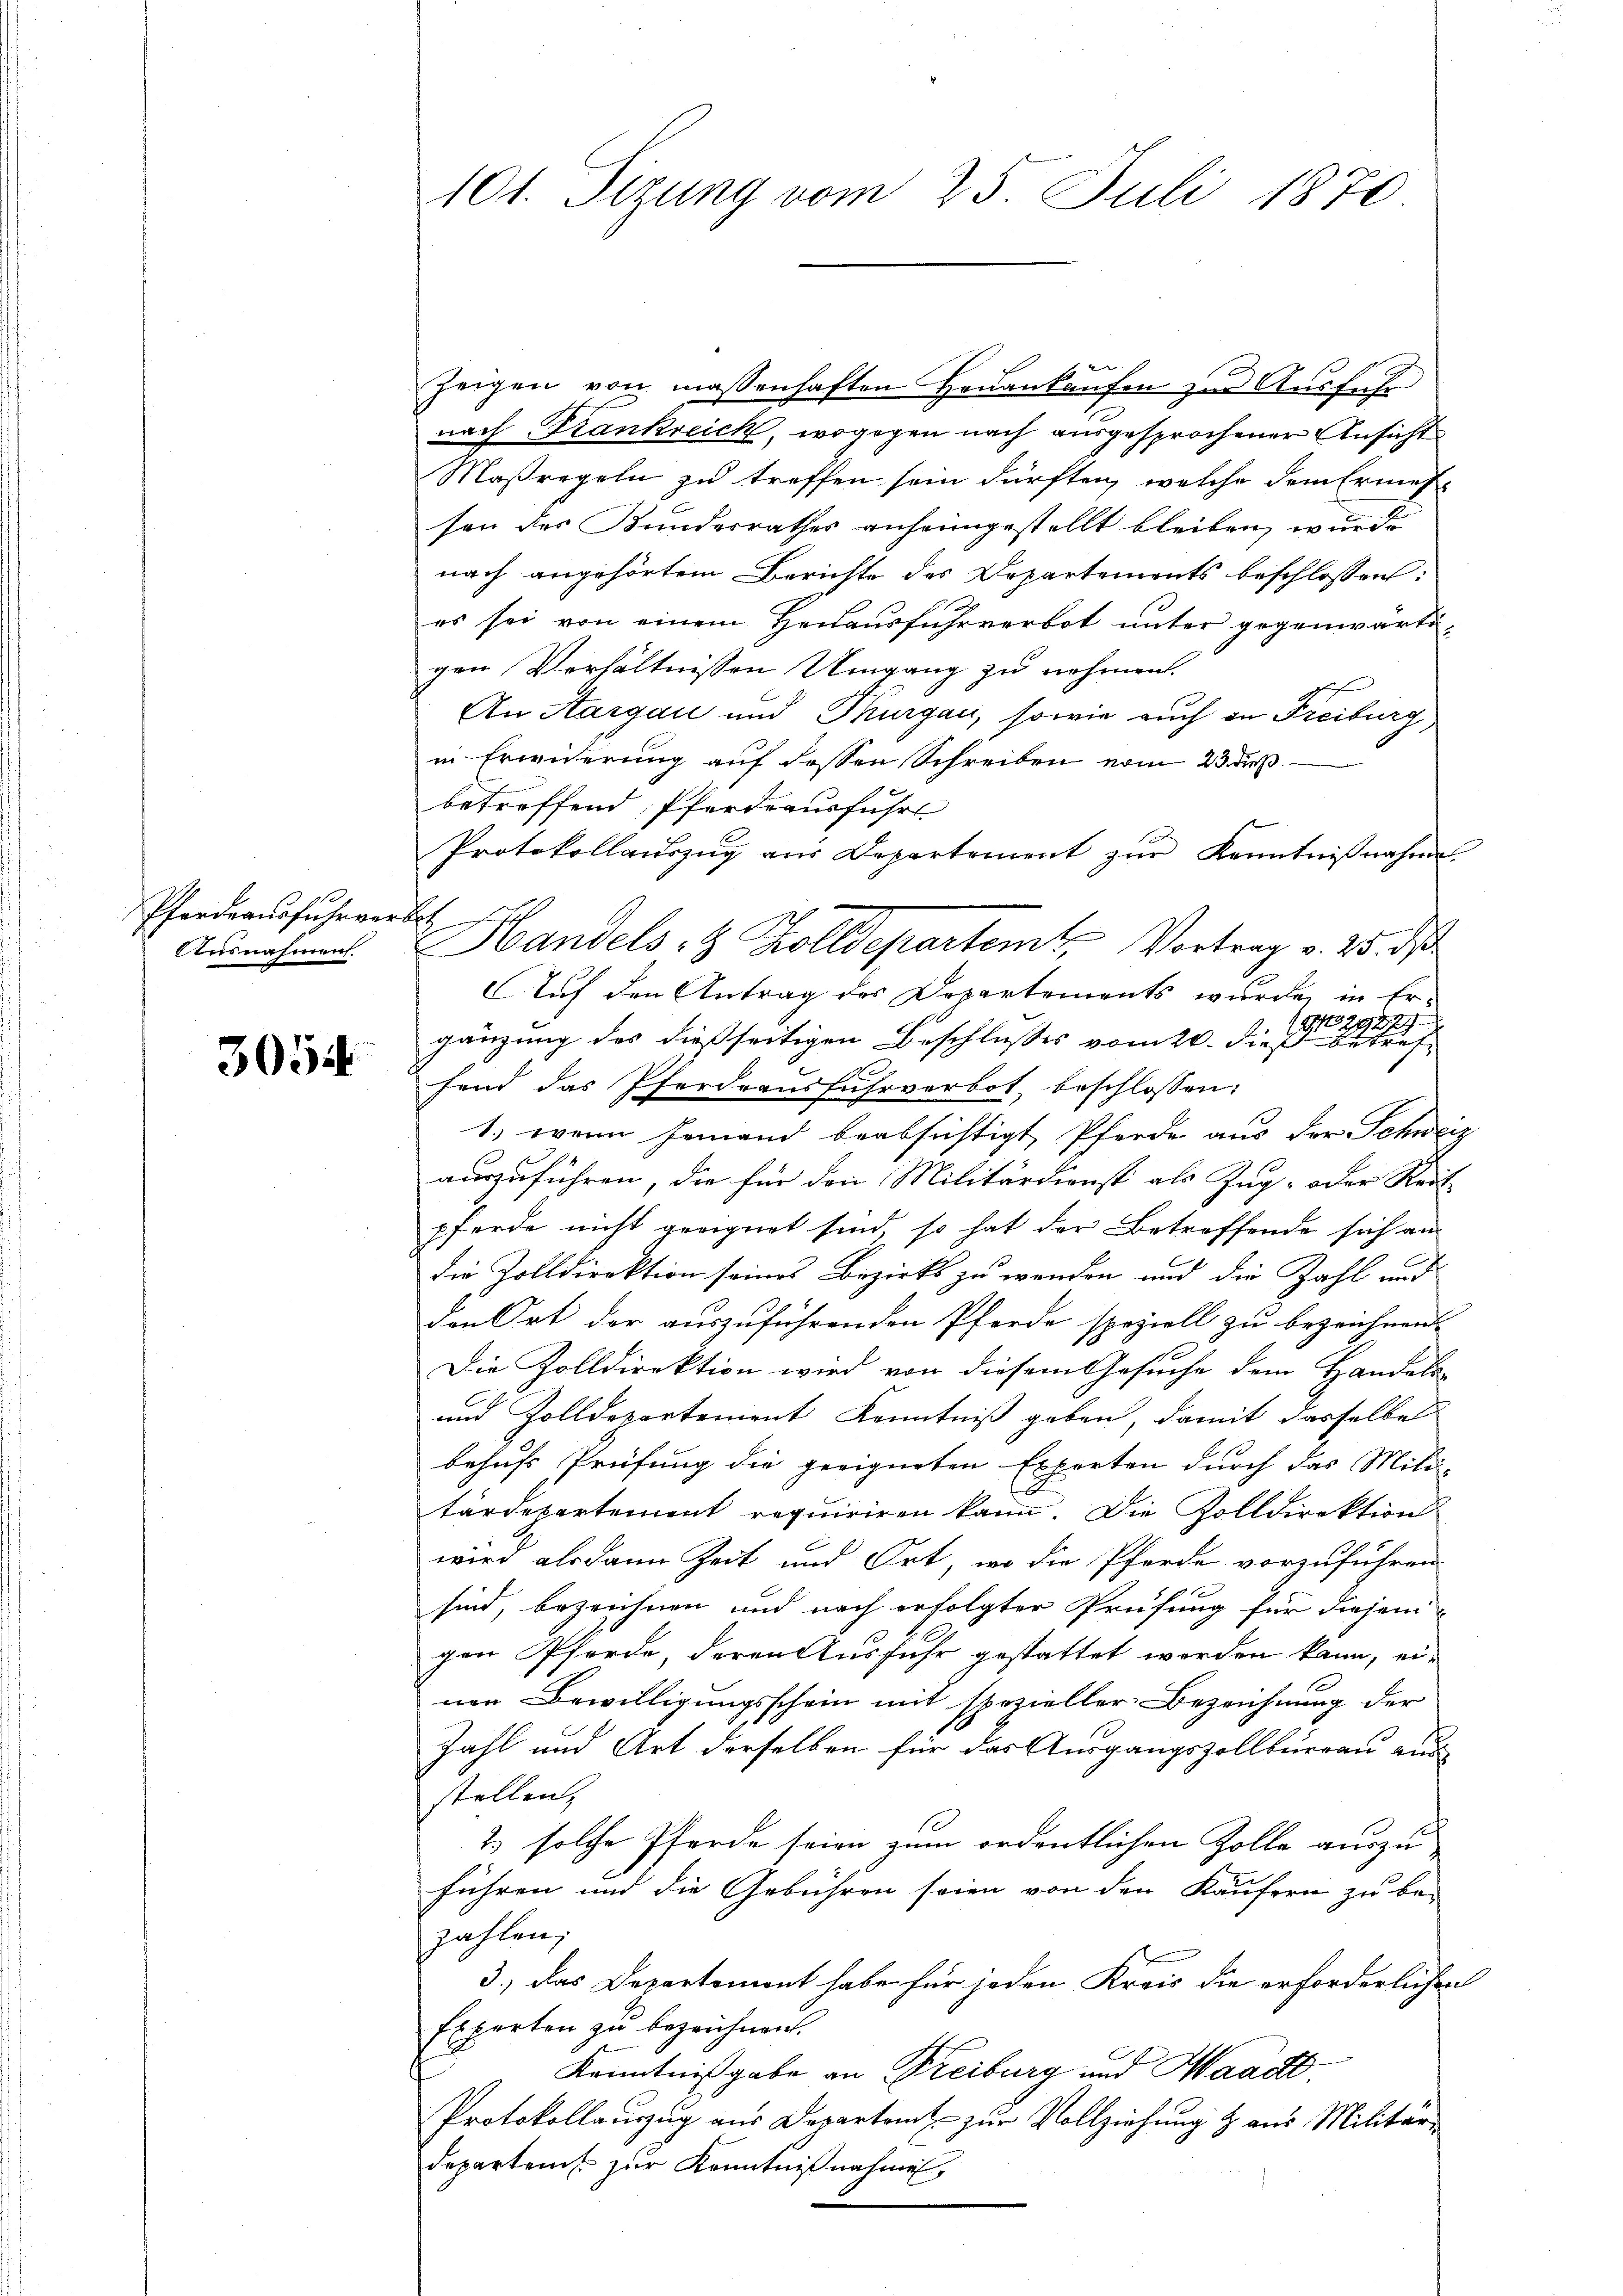
Pferdraŭsfuhrverbet
Ausnahmen.

3054

Zeigen von maßenhaften Heuankaufen zur Ausführ
nach Frankreich, wogegen nach ausgesprochener Ansicht
Maßregeln zu treffen sein dürften, welche dem Ermes-
sen des Bundesrathes anheimgestellt bleiben, wurde
nach angehörtem Berichte des Departements beschlossen:
es sei von einem Heilausfuhrverbot unter gegenwärtigen Verhältnissen Umgang zu nehmen.
An Aargau und Thurgau, sowie auch in Freiburg
in Erwiderung auf dessen Schreiben vom 23. daß
betreffend Pferdeausführt
Protokollaŭszŭg aŭs Departement zŭr Kenntniβnahme
Handels- & Zolldepartemt, Vortrag v. 25. ds
Auf den Antrag des Departements wurde, in Er¬
No 2927/
gänzung des dießseitigen Beschlusses vom 20. dieß betref
fend das Pferdrausfuhrverbot, beschlossen:
1.) wenn jemand beabsichtigt, Pferde aus der Schweiz
auszuführen, die für den Militärdienst als Zug- oder Reit
pferde nicht geeignet sind, so hat der Betreffende sich an
die Zolldirektion seines Bezirks zu wenden und die Zahl und
den Ort der auszuführenden Pferde speziell zu bezeichnen.
Die Zolldirektion wird von diesem Gesuche dem Handels-
und Zolldepartement Kenntniß geben, damit dasselbe
behufs Prüfung die geeigneten Experten durch das Mili-
tärdepartement requiriren kann. Die Zolldirektion
wird alsdann Zeit und Ort, wo die Pferde vorzuführen
sind, bezeichnen und nach erfolgter Prüfung für diesem
gen Pferde, deren Ausfuhr gestattet werden kann, ei-
ner Bewilligungsschein mit spezieller Bezeichnung der
Zahl und Art derselben für das Ausgangszollbureau aus
stellen,
2) solche Pferde seien zum ordentlichen Zolle auszu
führen und die Gebühren seien von den Käufern zu be-
zahlen;
3.) Das Departement habe für jeden Kreis die erforderlichen
Experten zu bezeichnen.
Kenntnißgabe an Freiburg und Waadt
Protokollauszug aus Departem zur Vollziehung & aus Militärdepartens zur Kenntnißnahmen,

101. Sizung vom 25. Juli 1870.